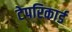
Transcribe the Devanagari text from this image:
टेपरिकार्ड